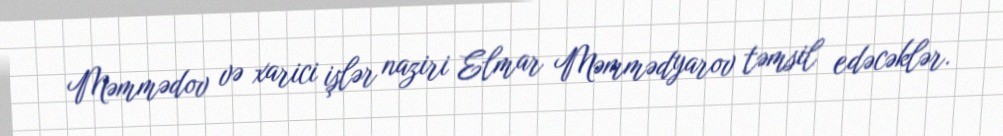
Məmmədov və xarici işlər naziri Elmar Məmmədyarov təmsil edəcəklər.